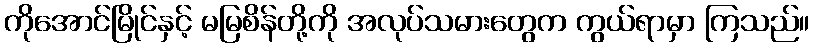
ကိုအောင်မြိုင်နှင့် မမြစိန်တို့ကို အလုပ်သမားတွေက ကွယ်ရာမှာ ကြသည်။